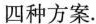
四种方案。